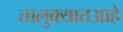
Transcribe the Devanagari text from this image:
तालुक्यातआहे